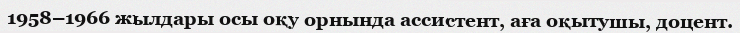
1958–1966 жылдары осы оқу орнында ассистент, аға оқытушы, доцент.